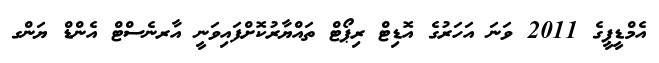
އެމްޑީޕީގެ 2011 ވަނަ އަހަރުގެ އޮޑިޓް ރިޕޯޓް ތައްޔާރުކޮށްފައިވަނީ އާރނެސްޓް އެންޑް ޔަންގ